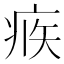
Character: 𤶅